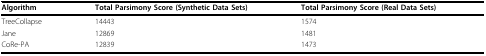
<table><thead><tr><td><b>Algorithm</b></td><td><b>Total Parsimony Score (Synthetic Data Sets)</b></td><td><b>Total Parsimony Score (Real Data Sets)</b></td></tr></thead><tbody><tr><td>TreeCollapse</td><td>14443</td><td>1574</td></tr><tr><td>Jane</td><td>12869</td><td>1481</td></tr><tr><td>CoRe-PA</td><td>12839</td><td>1473</td></tr></tbody></table>